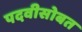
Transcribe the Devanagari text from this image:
पदवीसोबत